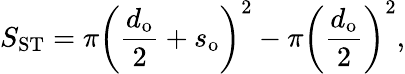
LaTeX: S_{\mathrm{ST}}=\pi\left(\frac{d_{\mathrm{o}}}{2}+s_{\mathrm{o}}\right)^{2}-\pi\left(\frac{d_{\mathrm{o}}}{2}\right)^{2},